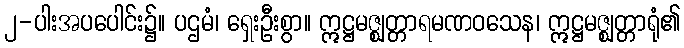
၂-ပါးအပပေါင်း၌။ ပဌမံ၊ ရှေးဦးစွာ။ ဣဋ္ဌမဇ္ဈတ္တာရမဏဝသေန၊ ဣဋ္ဌမဇ္ဈတ္တာရုံ၏